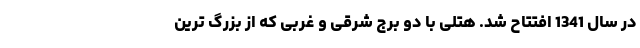
در سال 1341 افتتاح شد. هتلی با دو برج شرقی و غربی که از بزرگ ترین